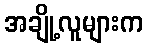
အချို့လူများက